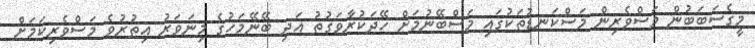
މީގެސަބަބުން މަސްވެރިން މަސްކަނޑުތަކުގައި މަސްބޭނުމަށް ހޭދަކުރާވަގުތު އަދި ބޭނޭމަހުގެ މިނަވަރު އިތުރުވެ މަސްވެރިކަމަށް